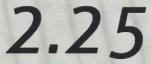
2.25